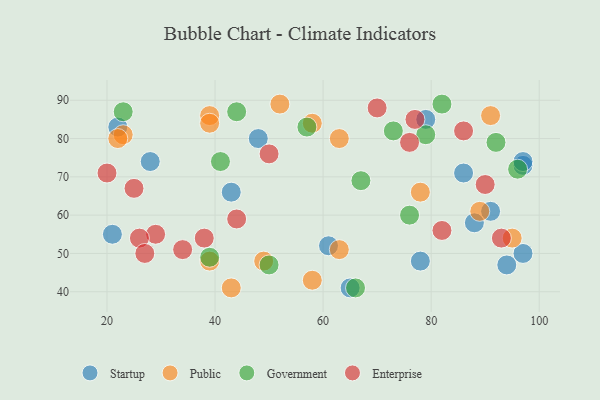
{"axis": {"x": "GDP", "y": "Life Expectancy"}, "legend": ["Enterprise", "Government", "Public", "Startup"], "data": [{"x": "91", "y": 61, "type": "Startup"}, {"x": "97", "y": 73, "type": "Startup"}, {"x": "86", "y": 71, "type": "Startup"}, {"x": "28", "y": 74, "type": "Startup"}, {"x": "22", "y": 83, "type": "Startup"}, {"x": "48", "y": 80, "type": "Startup"}, {"x": "21", "y": 55, "type": "Startup"}, {"x": "61", "y": 52, "type": "Startup"}, {"x": "78", "y": 48, "type": "Startup"}, {"x": "97", "y": 50, "type": "Startup"}, {"x": "65", "y": 41, "type": "Startup"}, {"x": "79", "y": 85, "type": "Startup"}, {"x": "43", "y": 66, "type": "Startup"}, {"x": "88", "y": 58, "type": "Startup"}, {"x": "94", "y": 47, "type": "Startup"}, {"x": "97", "y": 74, "type": "Startup"}, {"x": "63", "y": 51, "type": "Public"}, {"x": "95", "y": 54, "type": "Public"}, {"x": "58", "y": 43, "type": "Public"}, {"x": "91", "y": 86, "type": "Public"}, {"x": "89", "y": 61, "type": "Public"}, {"x": "23", "y": 81, "type": "Public"}, {"x": "39", "y": 86, "type": "Public"}, {"x": "52", "y": 89, "type": "Public"}, {"x": "58", "y": 84, "type": "Public"}, {"x": "39", "y": 48, "type": "Public"}, {"x": "49", "y": 48, "type": "Public"}, {"x": "22", "y": 80, "type": "Public"}, {"x": "78", "y": 66, "type": "Public"}, {"x": "43", "y": 41, "type": "Public"}, {"x": "63", "y": 80, "type": "Public"}, {"x": "39", "y": 84, "type": "Public"}, {"x": "82", "y": 89, "type": "Government"}, {"x": "73", "y": 82, "type": "Government"}, {"x": "23", "y": 87, "type": "Government"}, {"x": "50", "y": 47, "type": "Government"}, {"x": "92", "y": 79, "type": "Government"}, {"x": "41", "y": 74, "type": "Government"}, {"x": "66", "y": 41, "type": "Government"}, {"x": "39", "y": 49, "type": "Government"}, {"x": "44", "y": 87, "type": "Government"}, {"x": "76", "y": 60, "type": "Government"}, {"x": "67", "y": 69, "type": "Government"}, {"x": "57", "y": 83, "type": "Government"}, {"x": "96", "y": 72, "type": "Government"}, {"x": "79", "y": 81, "type": "Government"}, {"x": "90", "y": 68, "type": "Enterprise"}, {"x": "70", "y": 88, "type": "Enterprise"}, {"x": "29", "y": 55, "type": "Enterprise"}, {"x": "93", "y": 54, "type": "Enterprise"}, {"x": "82", "y": 56, "type": "Enterprise"}, {"x": "26", "y": 54, "type": "Enterprise"}, {"x": "44", "y": 59, "type": "Enterprise"}, {"x": "20", "y": 71, "type": "Enterprise"}, {"x": "50", "y": 76, "type": "Enterprise"}, {"x": "34", "y": 51, "type": "Enterprise"}, {"x": "25", "y": 67, "type": "Enterprise"}, {"x": "86", "y": 82, "type": "Enterprise"}, {"x": "38", "y": 54, "type": "Enterprise"}, {"x": "76", "y": 79, "type": "Enterprise"}, {"x": "77", "y": 85, "type": "Enterprise"}, {"x": "27", "y": 50, "type": "Enterprise"}]}